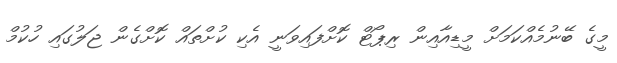
މީގެ ބޭނުމެއްކަމަށް މީޑިއާއިން ރިޕޯޓް ކޮށްފައިވަނީ އެކި ކުށްތައް ކޮށްގެން ޖަލުގައި ހުކުމް